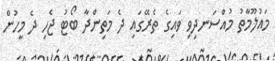
މައުލޫމާތު މުއްސަނދިވި ވައިގެ ތެރޭގައި ދެ މަތިންދާ ބޯޓު ޖެހި ދެ މީހުން